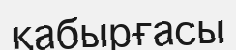
қабырғасы